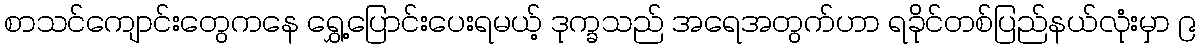
စာသင်ကျောင်းတွေကနေ ရွှေ့ပြောင်းပေးရမယ့် ဒုက္ခသည် အရေအတွက်ဟာ ရခိုင်တစ်ပြည်နယ်လုံးမှာ ၉